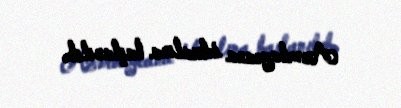
Azərbaycana idxalına başlanılıb.